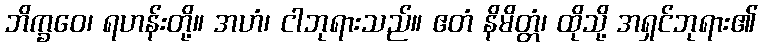
ဘိက္ခဝေ၊ ရဟန်းတို့။ အဟံ၊ ငါဘုရားသည်။ ဧတံ နိမိတ္တံ၊ ထိုသို့ အရှင်ဘုရား၏